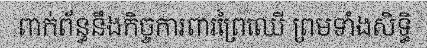
ពាក់ព័ន្ធនឹងកិច្ចការពារព្រៃឈើ ព្រមទាំងសិទ្ធិ